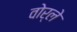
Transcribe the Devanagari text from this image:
वोर्ले